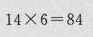
$$1 4 \times 6 = 8 4$$